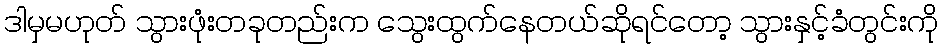
ဒါမှမဟုတ် သွားဖုံးတခုတည်းက သွေးထွက်နေတယ်ဆိုရင်တော့ သွားနှင့်ခံတွင်းကို